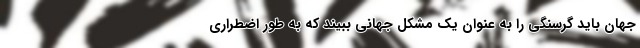
جهان باید گرسنگی را به عنوان یک مشکل جهانی ببیند که به طور اضطراری